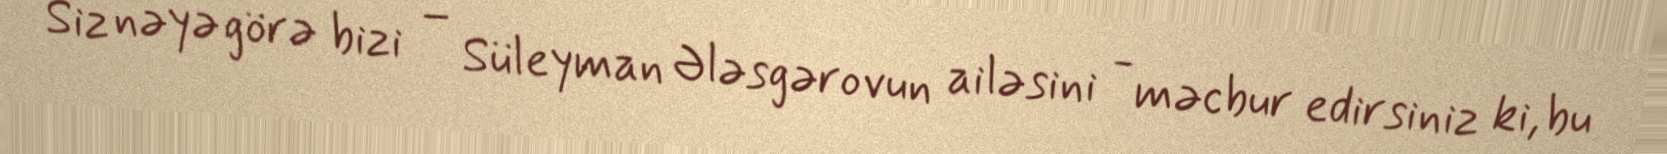
Siz nəyə görə bizi – Süleyman Ələsgərovun ailəsini - məcbur edirsiniz ki, bu